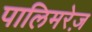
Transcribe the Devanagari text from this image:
पालिमरेज़